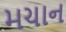
મચાન